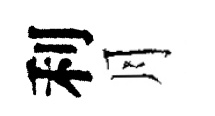
利月